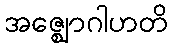
အဇ္ဈောဂါဟတိ